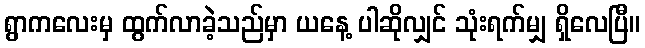
ရွာကလေးမှ ထွက်လာခဲ့သည်မှာ ယနေ့ ပါဆိုလျှင် သုံးရက်မျှ ရှိလေပြီ။